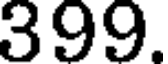
399.